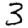
Digit: 3